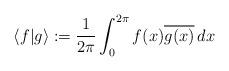
LaTeX: \begin{align*}\langle f | g \rangle :=\frac{1}{2\pi}\int_0^{2\pi}f(x)\overline{g(x)}\, dx\ \end{align*}